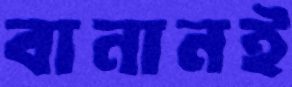
বানানই